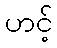
ဟင့်